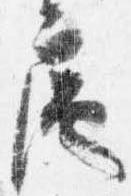
扈